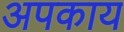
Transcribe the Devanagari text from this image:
अपकाय